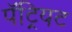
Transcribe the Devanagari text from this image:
पॅट्रियट